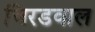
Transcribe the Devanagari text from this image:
चिरडवाल